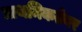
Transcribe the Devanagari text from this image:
प्राथमिकतेवर